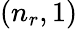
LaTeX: (n_{r},1)